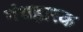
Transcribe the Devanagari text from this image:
गंधहारक